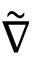
\tilde { \nabla }